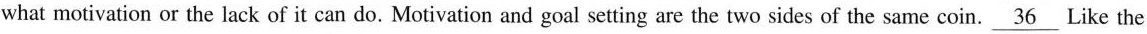
what motivation or the lack of it can do. Motivation and goal setting are the two sides of the same coin.\underline{36} Like the